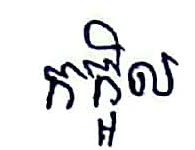
កក្អិល